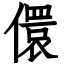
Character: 儇